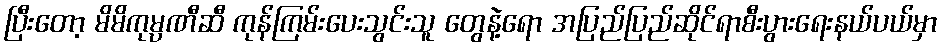
ပြီးတော့ မိမိကုမ္ပဏီဆီ ကုန်ကြမ်းပေးသွင်းသူ တွေနဲ့ရော အပြည်ပြည်ဆိုင်ရာစီးပွားရေးနယ်ပယ်မှာ